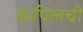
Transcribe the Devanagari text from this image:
कपिलची